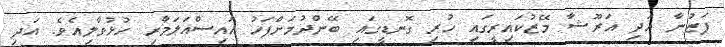
ފަޒުނާ އަދި އަރޫޝާ މޭޒުކައިރީގައި ހުރި ގޮނޑީގައި ބޭންދުމަށްފަހު އައިސްއަލަމާރި ހުޅުވާލިއެވެ. އަދި